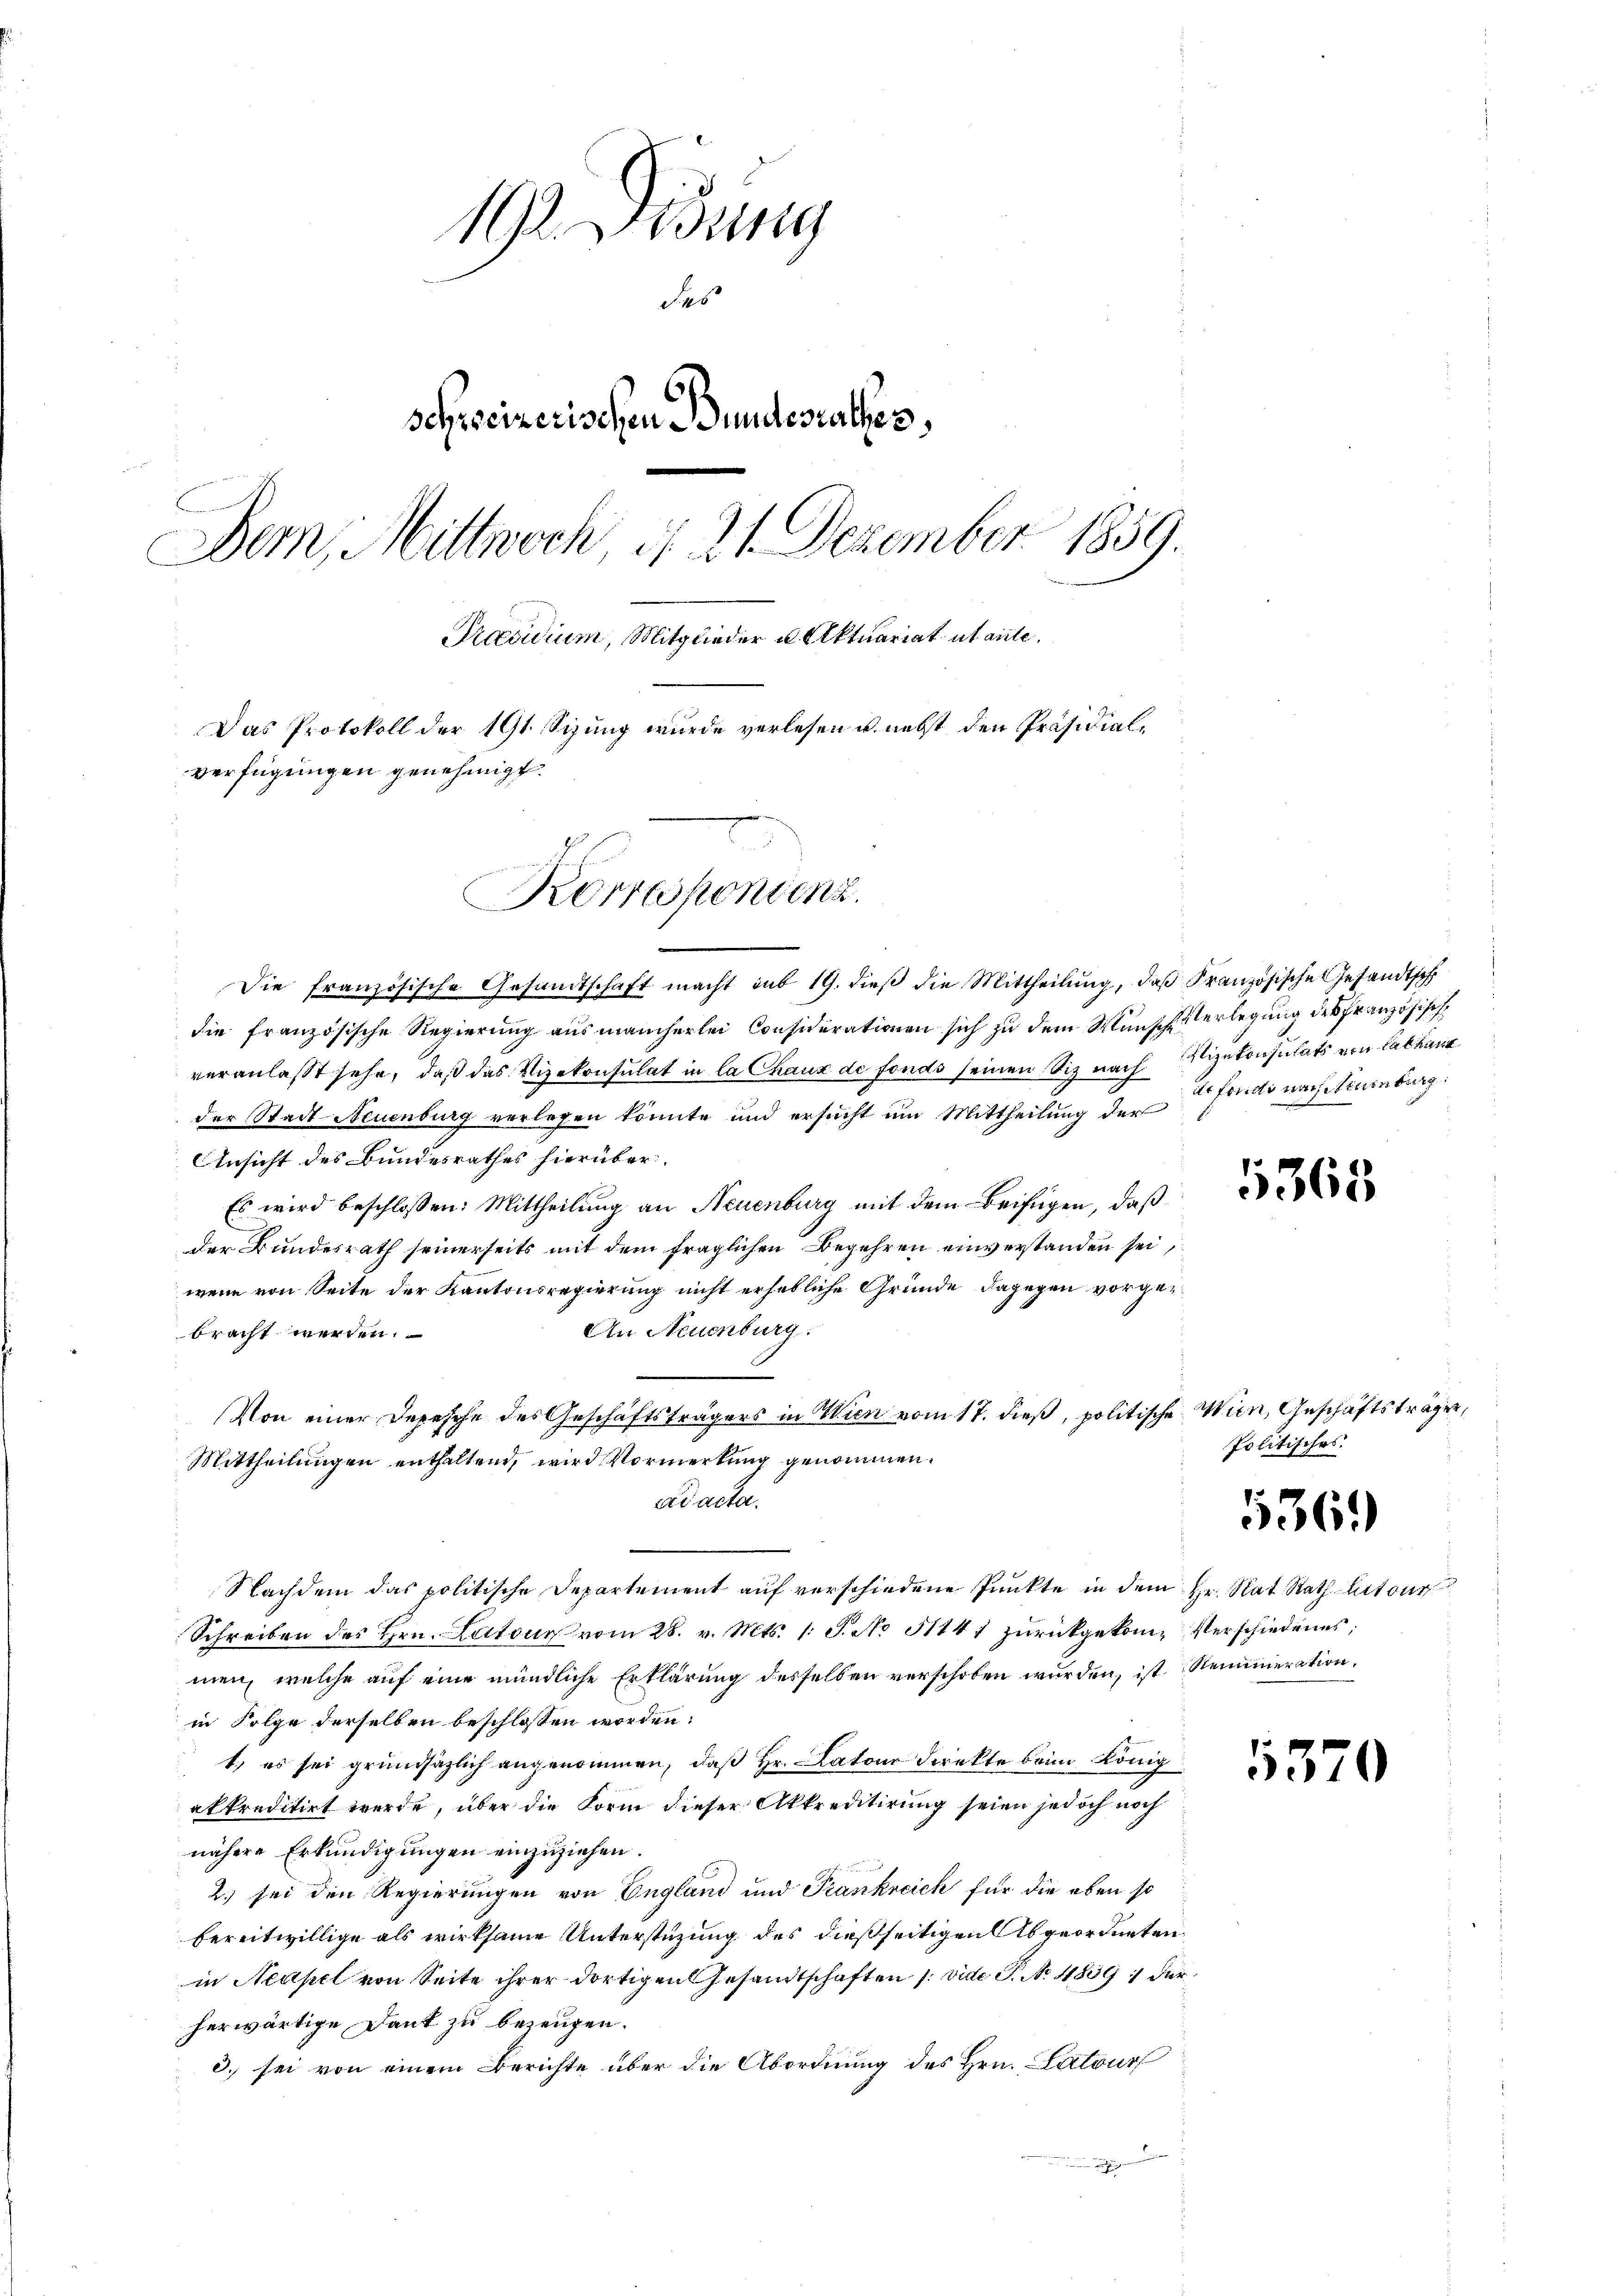
19 Didung
des
schreizerischen Bundesrathes,
Bern, Mittwoch, d. 21. Dezember 1859.
Präsidium, Mitglieder u. Aktuariat utante.
Das Protokoll der 191 Sizung wurde verlesen u. nebst den Präsidialverfügungen genehmigt.

Die französische Gesandtschaft macht sub 19. dieβ die Mittheilung, daß Französische Gesandtsch
die französische Regierung aus mancherlei Considérationen sich zu dem Wunsche Verlegung des Französische
veranlasst sehe, daß das Vizekonsulat in la Chaux de fonds seinen Siz nach Vizekonsulats von Labhan
der Stadt Neuenburg verlegen könnte und ersucht um Mittheilung der
Ansicht des Bundesrathes hierüber.
Es wird beschlossen: Mittheilung an Neuenburg mit dem Beifügen, daß
der Bundesrath seinerseits mit dem fraglichen Begehren einverstanden sei,
wenn von Seite der Kantonsregierung nicht erhebliche Gründe, dagegen vorge¬
An Neuenburg.
bracht werden.
Von einer Depesche des Geschäftsträgers in Wien vom 17. dieß, politische Wien, Geschäftsträger,
Mittheilungen enthaltend, wird Vormerkung genommen.
ad acta.
Nachdem das politische Departement auf verschiedene Punkte in dem Hr. Rat Rath latour
Schreiben des Hrn. Latone vom 28. v. Mts. 1 S. No 51441 zurückgekom-Verschiedenes,
men, welche auf eine mündliche Erklärung desselben verschoben wurden, ist. Remuneration,
in Folge derselben beschlossen worden:
t, es sei gründäzlich angenommen, daß Hr. atour direkte beim König
akkreditirt werde, über die Form dieser Akkreditirung seien jedoch noch
nähere Erkundigungen einzuziehen.
2.) sei den Regierungen von England und Frankreich für die eben so
bereitwillige als wirksame Unterstüzung des dießseitigen Abgeordneten
in Neapel von Seite ihrer dortigen Gesandtschaften /: vide P. No. 1859 dur
herwärtige Dank zu bezeugen.
3. sei von einem Berichte über die Abordnung des Hrn. Patour

Korrespondenz.

dr fonds nach Neuenburg.

5368

Politisches.

1361)

6370